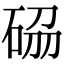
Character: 𥒢